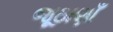
જૂઠાણાઁ